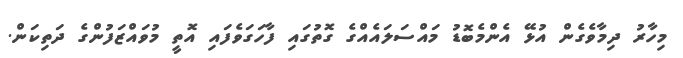
މިހާރު ދިމާވެގެން އުޅޭ އެންމެބޮޑު މައްސަލައެއްގެ ގޮތުގައި ފާހަގަވެފައި އޮތީ މުވައްޒަފުންގެ ދަތިކަން.